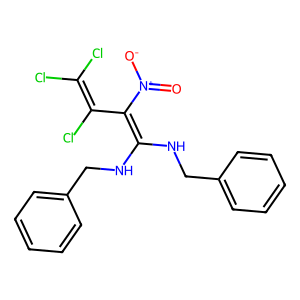
SMILES: O=[N+]([O-])C(=C(NCc1ccccc1)NCc1ccccc1)C(Cl)=C(Cl)Cl
Inhibits HIV replication: No